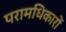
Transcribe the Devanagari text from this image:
परामधिकारों